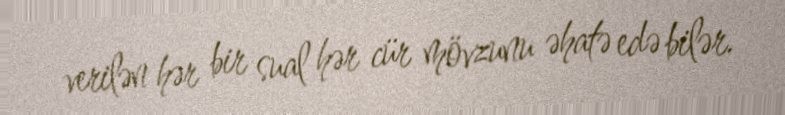
verilən hər bir sual hər cür mövzunu əhatə edə bilər.